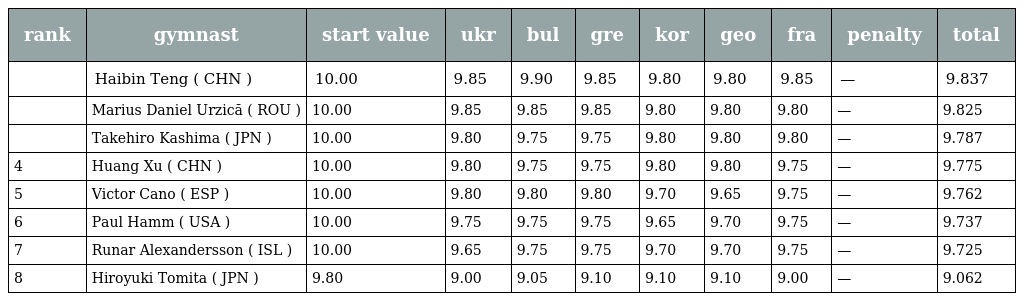
| rank | gymnast | start value | ukr | bul | gre | kor | geo | fra | penalty | total |
 | --- | --- | --- | --- | --- | --- | --- | --- | --- | --- | --- |
 |  | Haibin Teng ( CHN ) | 10.00 | 9.85 | 9.90 | 9.85 | 9.80 | 9.80 | 9.85 | — | 9.837 |
 |  | Marius Daniel Urzică ( ROU ) | 10.00 | 9.85 | 9.85 | 9.85 | 9.80 | 9.80 | 9.80 | — | 9.825 |
 |  | Takehiro Kashima ( JPN ) | 10.00 | 9.80 | 9.75 | 9.75 | 9.80 | 9.80 | 9.80 | — | 9.787 |
 | 4 | Huang Xu ( CHN ) | 10.00 | 9.80 | 9.75 | 9.75 | 9.80 | 9.80 | 9.75 | — | 9.775 |
 | 5 | Victor Cano ( ESP ) | 10.00 | 9.80 | 9.80 | 9.80 | 9.70 | 9.65 | 9.75 | — | 9.762 |
 | 6 | Paul Hamm ( USA ) | 10.00 | 9.75 | 9.75 | 9.75 | 9.65 | 9.70 | 9.75 | — | 9.737 |
 | 7 | Runar Alexandersson ( ISL ) | 10.00 | 9.65 | 9.75 | 9.75 | 9.70 | 9.70 | 9.75 | — | 9.725 |
 | 8 | Hiroyuki Tomita ( JPN ) | 9.80 | 9.00 | 9.05 | 9.10 | 9.10 | 9.10 | 9.00 | — | 9.062 |